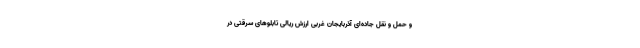
و حمل ‌و نقل جاده‌ای آذربایجان‌ غربی ارزش ریالی تابلوهای سرقتی در